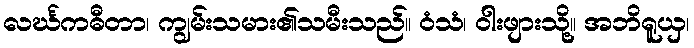
လင်္ဃကဓီတာ၊ ကျွမ်းသမား၏သမီးသည်။ ဝံသံ၊ ဝါးဖျားသို့။ အဘိရူယှ၊